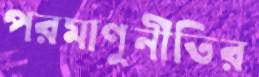
পরমাণুনীতির